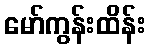
မော်ကွန်းထိန်း